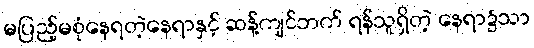
မပြည့်မစုံနေရတဲ့နေရာနှင့် ဆန့်ကျင်ဘက် ရန်သူရှိတဲ့ နေရာ၌သာ